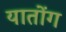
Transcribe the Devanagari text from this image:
यातोंग